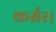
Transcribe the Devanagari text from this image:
कर्सर।